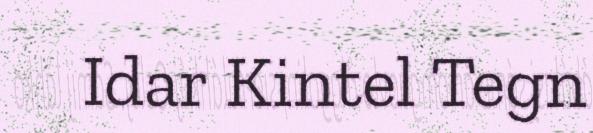
Idar Kintel Tegn